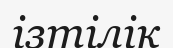
ізтілік